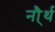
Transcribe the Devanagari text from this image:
नौ्र्थ